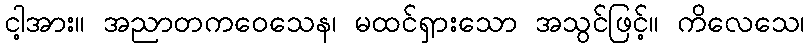
ငါ့အား။ အညာတကဝေသေန၊ မထင်ရှားသော အသွင်ဖြင့်။ ကိလေသေ၊